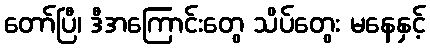
တော်ပြီ၊ ဒီအကြောင်းတွေ သိပ်တွေး မနေနှင့်